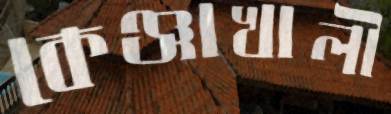
কেঞ্জাখালী